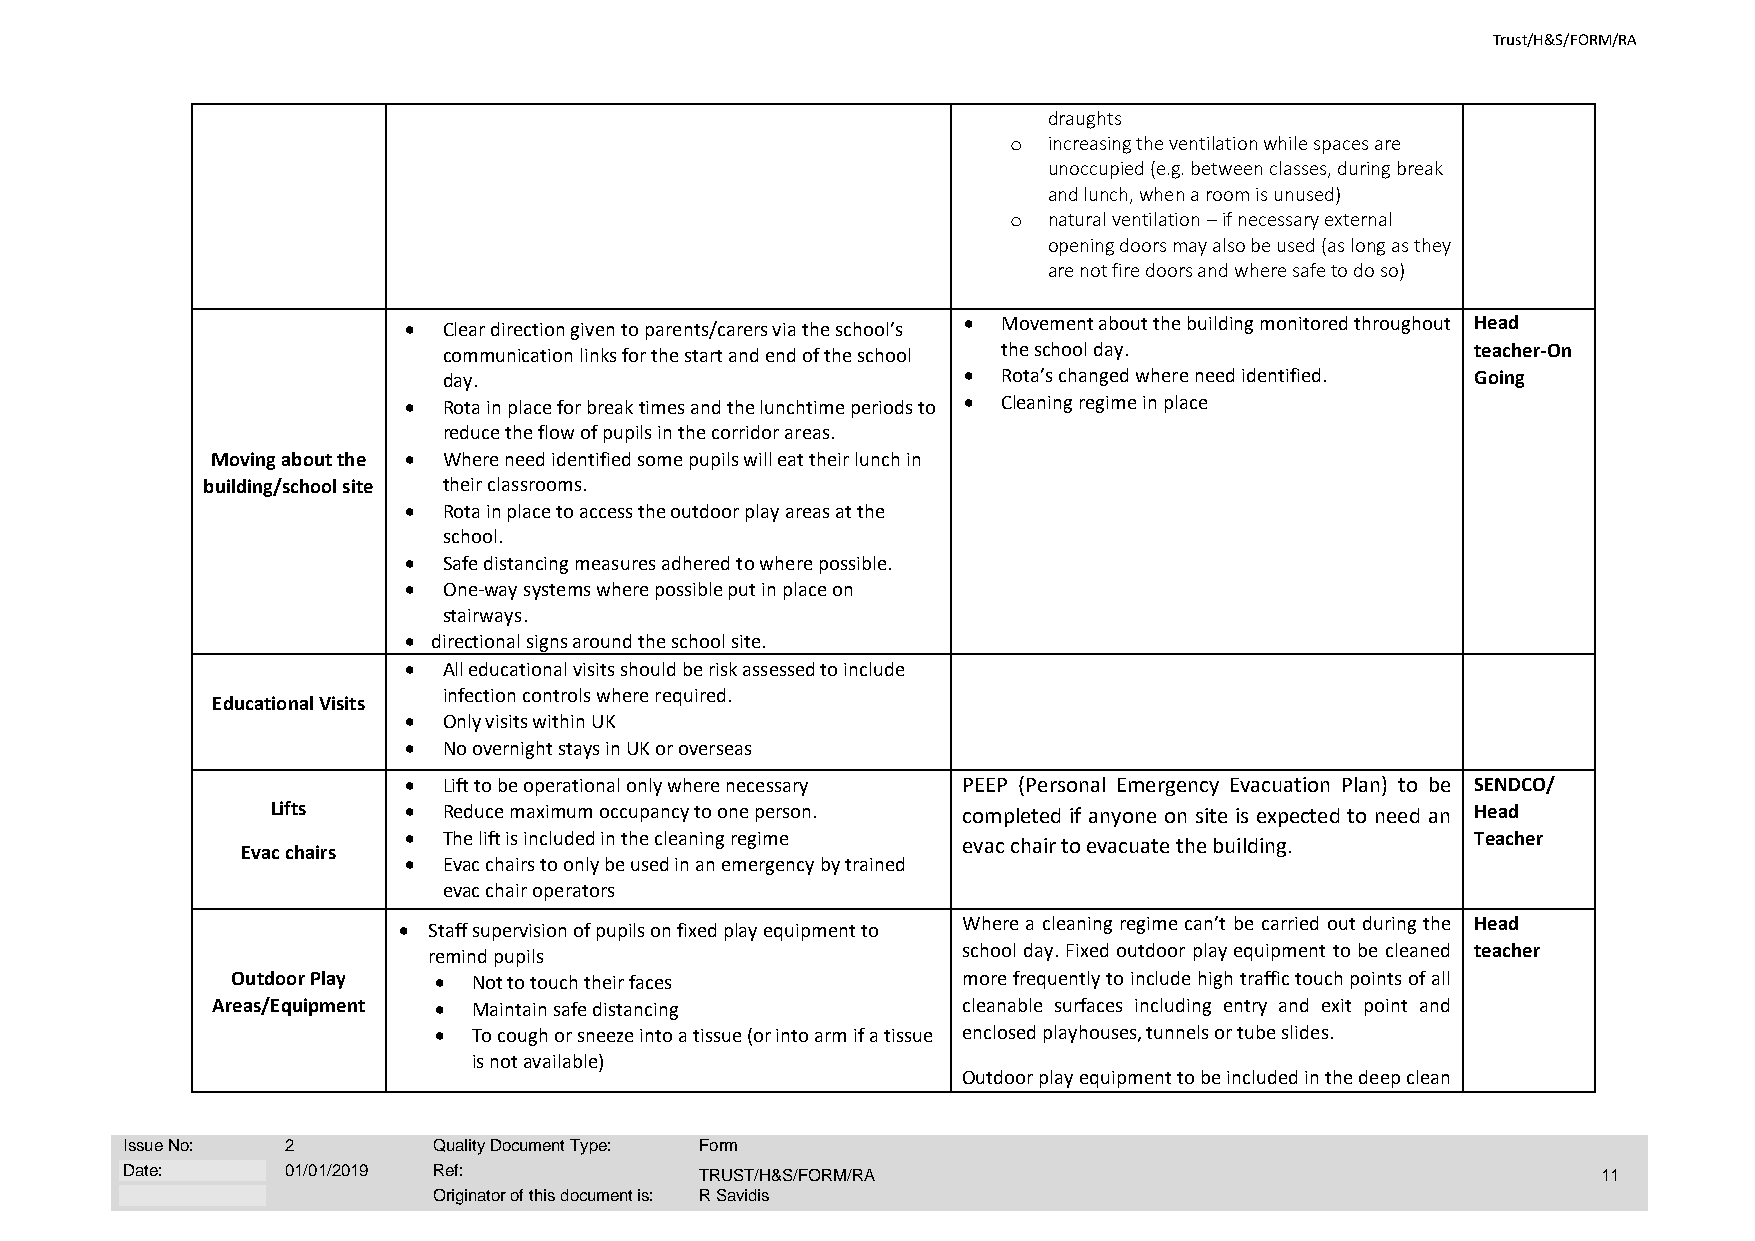
Trust/H&S/FORM/RA
 draughts
 o increasing the ventilation while spaces are
 unoccupied (e.g. between classes, during break
 and lunch, when a room is unused)
 o natural ventilation – if necessary external
 opening doors may also be used (as long as they
 are not fire doors and where safe to do so)
 • Clear direction given to parents/carers via the school’s • Movement about the building monitored throughout Head
 communication links for the start and end of the school the school day. teacher-On
 day.                               • Rota’s changed where need identified. Going
 • Rota in place for break times and the lunchtime periods to • Cleaning regime in place
 reduce the flow of pupils in the corridor areas.
 Moving about the • Where need identified some pupils will eat their lunch in
 building/school site their classrooms.
 • Rota in place to access the outdoor play areas at the
 school.
 • Safe distancing measures adhered to where possible.
 • One-way systems where possible put in place on
 stairways.
 • directional signs around the school site.
 • All educational visits should be risk assessed to include
 infection controls where required.
 Educational Visits
 • Only visits within UK
 • No overnight stays in UK or overseas
 • Lift to be operational only where necessary PEEP (Personal Emergency Evacuation Plan) to be SENDCO/
 Lifts    • Reduce maximum occupancy to one person. completed if anyone on site is expected to need an Head
 • The lift is included in the cleaning regime evac chair to evacuate the building. Teacher
 Evac chairs
 • Evac chairs to only be used in an emergency by trained
 evac chair operators
 Where a cleaning regime can’t be carried out during the Head
 • Staff supervision of pupils on fixed play equipment to
 remind pupils                       school day. Fixed outdoor play equipment to be cleaned teacher
 Outdoor Play  • Not to touch their faces         more frequently to include high traffic touch points of all
 Areas/Equipment • Maintain safe distancing        cleanable surfaces including entry and exit point and
 • To cough or sneeze into a tissue (or into arm if a tissue enclosed playhouses, tunnels or tube slides.
 is not available)
 Outdoor play equipment to be included in the deep clean
 Issue No:  2         Quality Document Type: Form
 Date:      01/01/2019 Ref:            TRUST/H&S/FORM/RA                                           11
 Originator of this document is: R Savidis